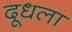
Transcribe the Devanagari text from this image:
दूधला